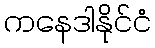
ကနေဒါနိုင်ငံ